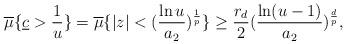
LaTeX: \begin{align*}\overline{\mu}\{\underline{c}>\frac{1}{u}\}= \overline{\mu}\{\vert z\vert<(\frac{\ln u}{a_2})^{\frac{1}{p}}\}\geq\frac{r_d}{2}(\frac{\ln (u-1)}{a_2})^{\frac{d}{p}},\end{align*}